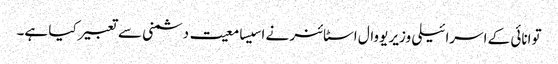
توانائی کے اسرائیلی وزیر یووال اسٹائنر نے اسیسامعیت دشمنی سے تعبیر کیا ہے۔